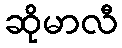
ဆိုမာလီ